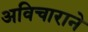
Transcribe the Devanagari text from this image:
अविचाराने